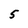
Character: 5